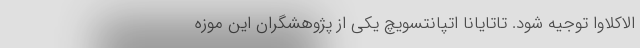
الاکلاوا توجیه شود. تاتایانا اتپانتسویچ یکی از پژوهشگران این موزه